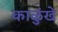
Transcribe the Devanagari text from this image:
काळुंखे